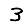
Digit: 3